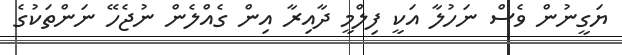
ޔަގީނުން ވެސް ނަހުލާ އަކީ ފިލްމީ ދާއިރާ އިން ގެއްލެން ނުޖެހޭ ނަންތަކުގެ